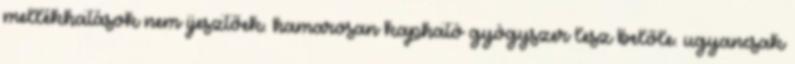
mellékhatások nem ijesztőek. hamarosan kapható gyógyszer lesz belőle. ugyancsak